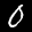
Label: 0